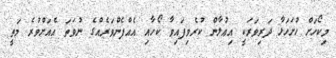
މިކޯހަށް ހުށަހަޅާ ދަރިވަރަކީ އިޢުލާން ކުރެވިފައިވާ ކޯހާއި އެއްފެންވަރެއްގެ ނުވަތަ އެއަށްވުރެ މަތީ